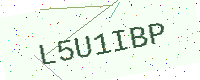
Text: L5U1IBP